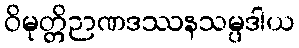
ဝိမုတ္တိဉာဏဒဿနသမ္ပဒါယ